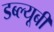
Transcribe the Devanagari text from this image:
डब्ल्यूबी